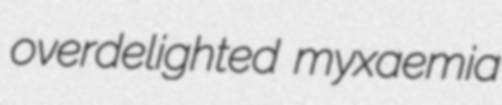
overdelighted myxaemia